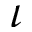
\iota